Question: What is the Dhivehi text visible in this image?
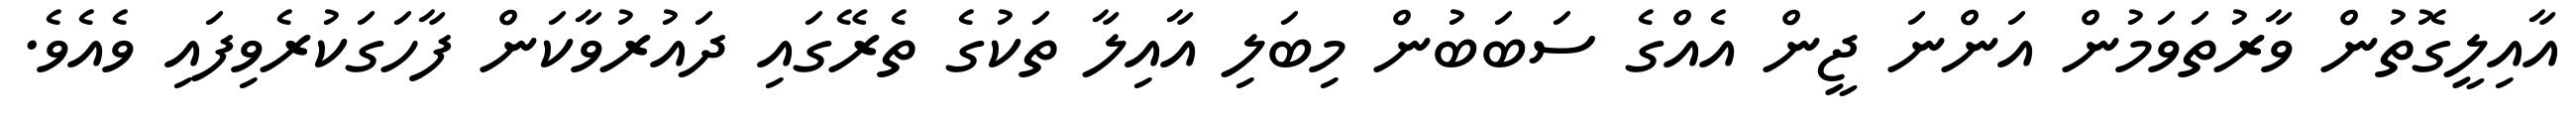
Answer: އާއިލީގޮތުން ވާރުތަވަމުން އަންނަ ޖީން އެއްގެ ސަބަބުން މިބަލި އާއިލާ ތަކުގެ ތެރޭގައި ދައުރުވާކަން ފާހަގަކުރެވިފައި ވެއެވެ.